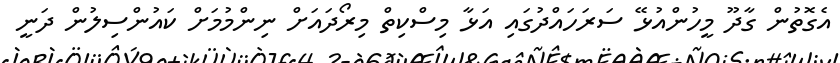
އެގޮތުން ގާދޫ މީހުންއުޅޭ ސަރަހައްދުގައި އަޅާ މިސްކިތް މިރޯދައަށް ނިންމުމަށް ކައުންސިލުން ދަނީ